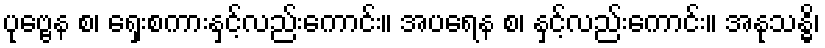
ပုဗ္ဗေန စ၊ ရှေးစကားနှင့်လည်းကောင်း။ အပရေန စ၊ နှင့်လည်းကောင်း။ အနုသန္ဓိ၊